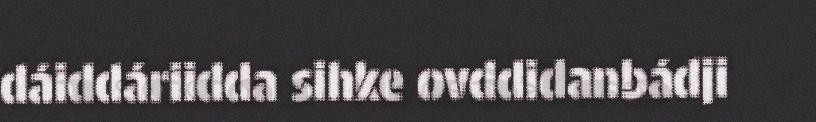
dáiddáriidda sihke ovddidanbádji